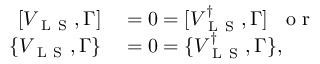
\begin{array} { r l } { [ V _ { \mathrm { ~ L ~ S ~ } } , \Gamma ] } & { { } = 0 = [ V _ { \mathrm { ~ L ~ S ~ } } ^ { \dagger } , \Gamma ] \; \; \mathrm { ~ o ~ r ~ } } \\ { \{ V _ { \mathrm { ~ L ~ S ~ } } , \Gamma \} } & { { } = 0 = \{ V _ { \mathrm { ~ L ~ S ~ } } ^ { \dagger } , \Gamma \} , } \end{array}